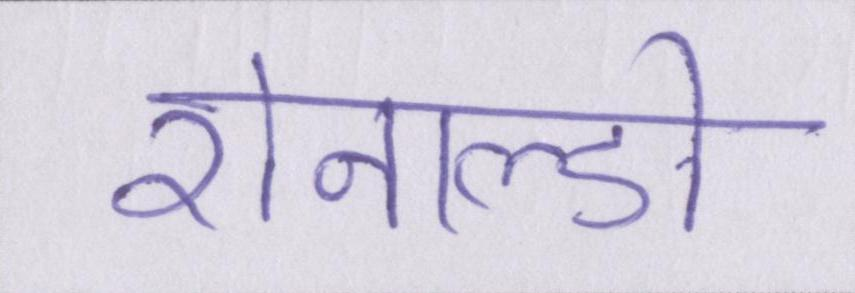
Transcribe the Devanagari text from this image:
रोनाल्डो